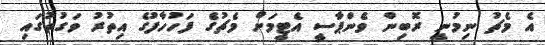
އެ މެޗު ނިމުނީ ރޮބިން ވެންޕާސީ އެޓީމަށް މެޗުގެ ފަހުހާފުގެ އިތުރު ވަގުތުގައި